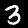
Label: 3